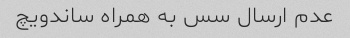
عدم ارسال سس به همراه ساندویچ